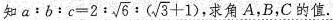
知$$a:b:c=2: \sqrt{6}:(\sqrt{3}+1)$$ ,求角A，B，C的值.